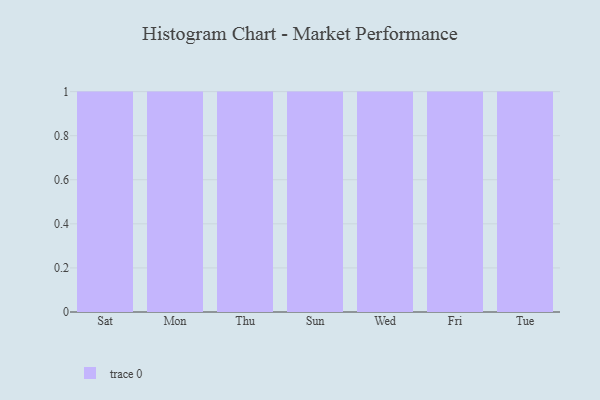
{"axis": {"x": "Day", "y": "Budget (USD K)"}, "legend": [""], "data": [{"x": "Sat", "y": 94, "type": ""}, {"x": "Mon", "y": 52, "type": ""}, {"x": "Thu", "y": 10, "type": ""}, {"x": "Sun", "y": 95, "type": ""}, {"x": "Wed", "y": 97, "type": ""}, {"x": "Fri", "y": 28, "type": ""}, {"x": "Tue", "y": 54, "type": ""}]}